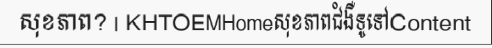
សុខភាព? | KHTOEMHomeសុខភាពជំងឺទូទៅContent